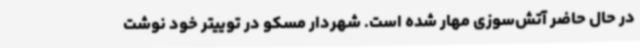
در حال حاضر آتش‌سوزی مهار شده است. شهردار مسکو در توییتر خود نوشت